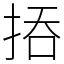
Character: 㧷